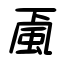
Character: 颪